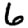
Digit: 6